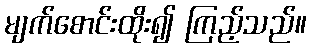
မျက်စောင်းထိုး၍ ကြည့်သည်။